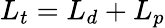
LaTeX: L_{t}=L_{d}+L_{p}